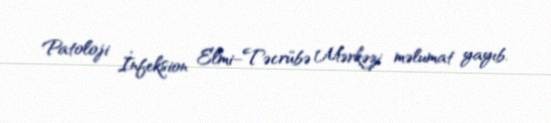
Patoloji İnfeksion Elmi–Təcrübə Mərkəzi məlumat yayıb.